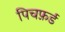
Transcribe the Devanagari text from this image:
पिचफ़र्ड